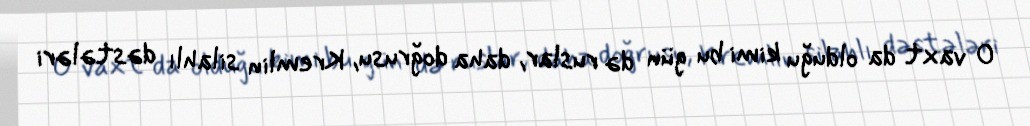
O vaxt da olduğu kimi bu gün də ruslar, daha doğrusu, Kremlin silahlı dəstələri